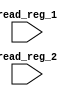
module RegisterFile(input [2:0] read_reg_1, input [2:0]read_reg_2, 
    );


endmodule